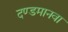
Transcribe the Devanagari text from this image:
दण्डमानवा